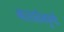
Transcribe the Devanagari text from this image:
भारततैलपूर्णः